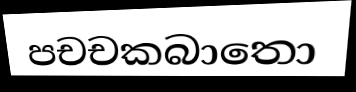
පචචකබාතො